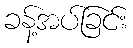
ခန့်အပ်ခြင်း